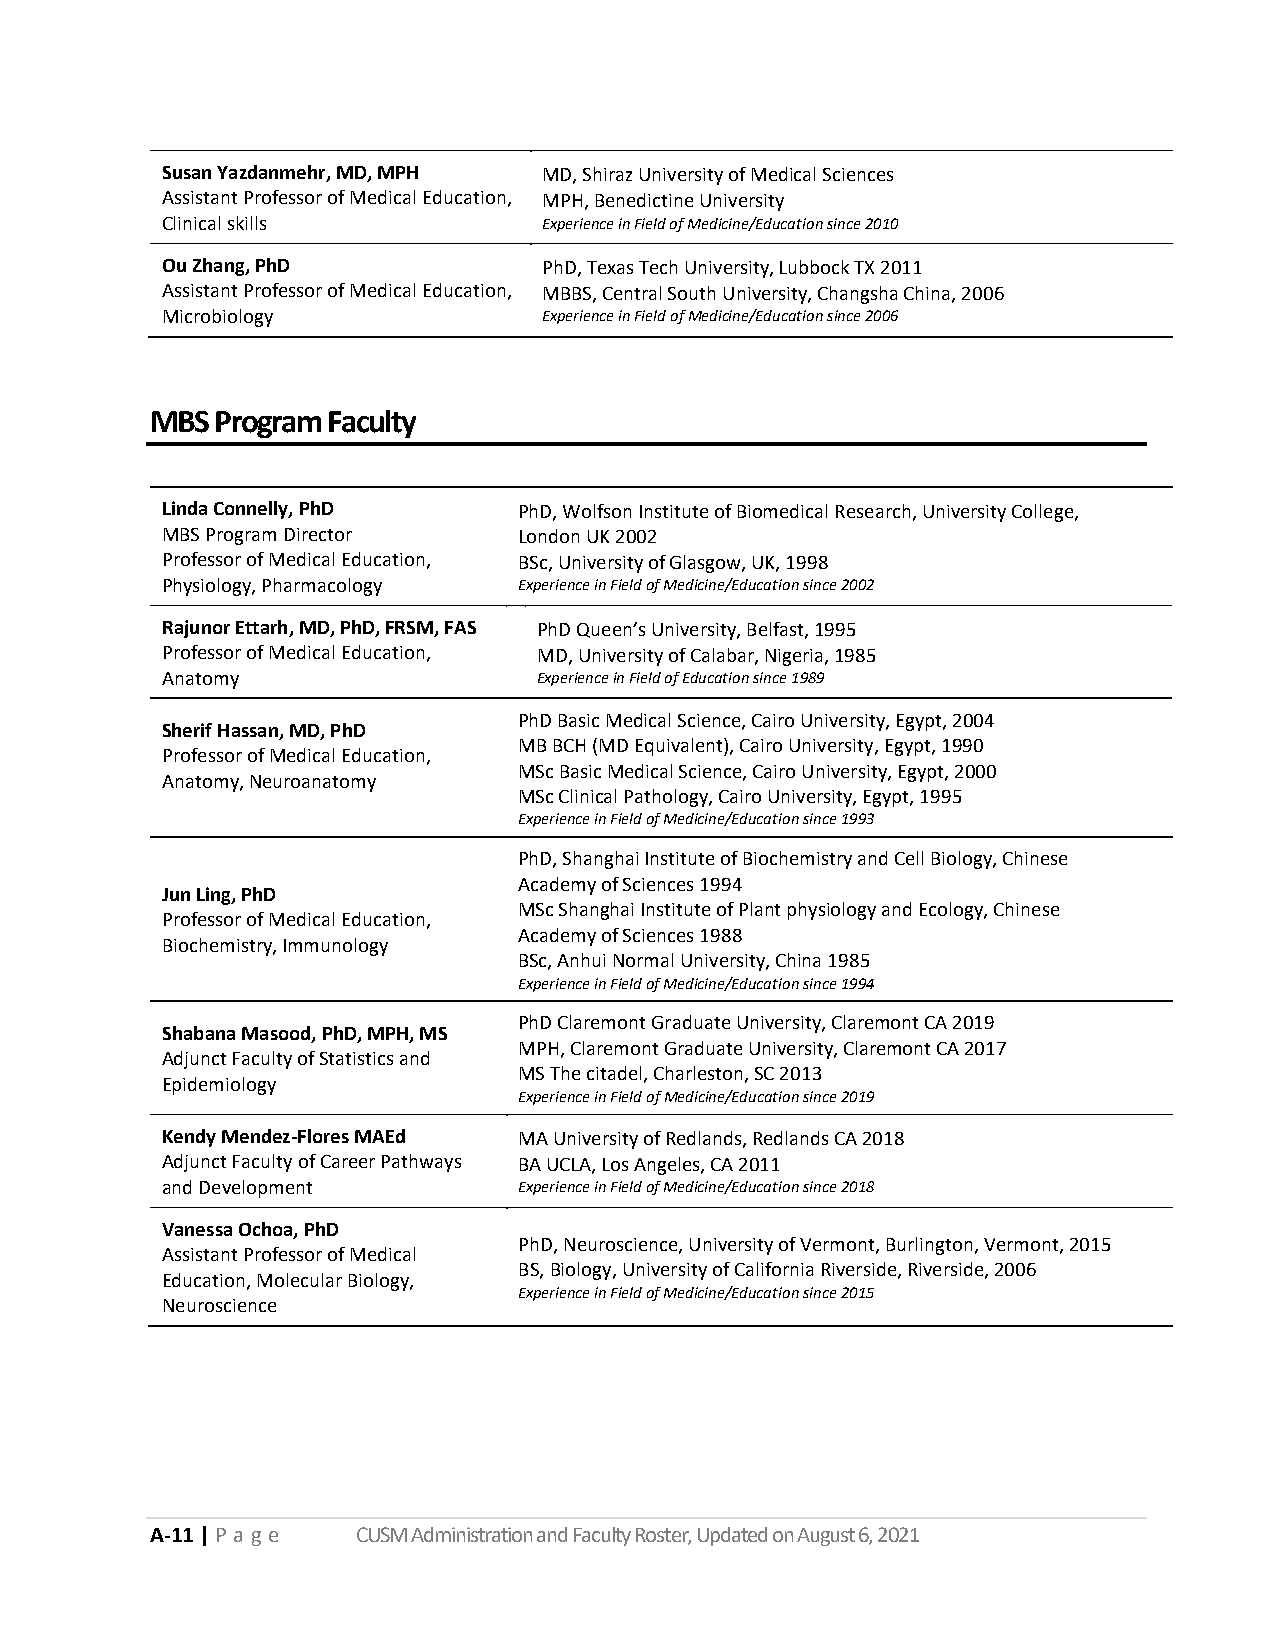
Susan Yazdanmehr, MD, MPH MD, Shiraz University of Medical Sciences
 Assistant Professor of Medical Education, MPH, Benedictine University
 Clinical skills          Experience in Field of Medicine/Education since 2010
 Ou Zhang, PhD            PhD, Texas Tech University, Lubbock TX 2011
 Assistant Professor of Medical Education, MBBS, Central South University, Changsha China, 2006
 Microbiology             Experience in Field of Medicine/Education since 2006
 MBS Program Faculty
 Linda Connelly, PhD    PhD, Wolfson Institute of Biomedical Research, University College,
 MBS Program Director   London UK 2002
 Professor of Medical Education, BSc, University of Glasgow, UK, 1998
 Physiology, Pharmacology Experience in Field of Medicine/Education since 2002
 Rajunor Ettarh, MD, PhD, FRSM, FAS PhD Queen’s University, Belfast, 1995
 Professor of Medical Education, MD, University of Calabar, Nigeria, 1985
 Anatomy                  Experience in Field of Education since 1989
 PhD Basic Medical Science, Cairo University, Egypt, 2004
 Sherif Hassan, MD, PhD
 MB BCH (MD Equivalent), Cairo University, Egypt, 1990
 Professor of Medical Education,
 MSc Basic Medical Science, Cairo University, Egypt, 2000
 Anatomy, Neuroanatomy
 MSc Clinical Pathology, Cairo University, Egypt, 1995
 Experience in Field of Medicine/Education since 1993
 PhD, Shanghai Institute of Biochemistry and Cell Biology, Chinese
 Academy of Sciences 1994
 Jun Ling, PhD
 MSc Shanghai Institute of Plant physiology and Ecology, Chinese
 Professor of Medical Education,
 Academy of Sciences 1988
 Biochemistry, Immunology
 BSc, Anhui Normal University, China 1985
 Experience in Field of Medicine/Education since 1994
 PhD Claremont Graduate University, Claremont CA 2019
 Shabana Masood, PhD, MPH, MS
 MPH, Claremont Graduate University, Claremont CA 2017
 Adjunct Faculty of Statistics and
 MS The citadel, Charleston, SC 2013
 Epidemiology
 Experience in Field of Medicine/Education since 2019
 Kendy Mendez-Flores MAEd MA University of Redlands, Redlands CA 2018
 Adjunct Faculty of Career Pathways BA UCLA, Los Angeles, CA 2011
 and Development        Experience in Field of Medicine/Education since 2018
 Vanessa Ochoa, PhD
 PhD, Neuroscience, University of Vermont, Burlington, Vermont, 2015
 Assistant Professor of Medical
 BS, Biology, University of California Riverside, Riverside, 2006
 Education, Molecular Biology,
 Experience in Field of Medicine/Education since 2015
 Neuroscience
 A-11 | P a g e CUSM Administration and Faculty Roster, Updated on August 6, 2021